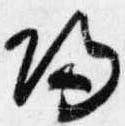
帰